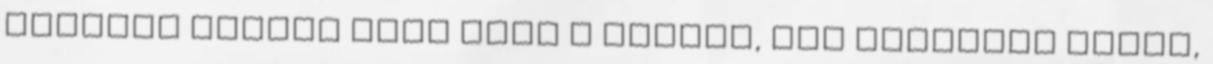
Nehezen mentek néki ezek a dolgok, azt szerette volna,